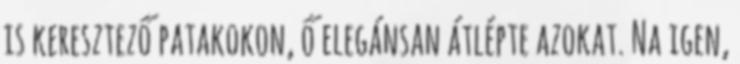
is keresztező patakokon, ő elegánsan átlépte azokat. Na igen,